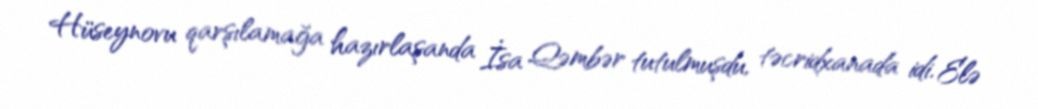
Hüseynovu qarşılamağa hazırlaşanda İsa Qəmbər tutulmuşdu, təcridxanada idi. Elə